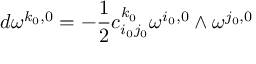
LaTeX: d \omega ^ { k _ { 0 } , 0 } = - \frac { 1 } { 2 } c _ { i _ { 0 } j _ { 0 } } ^ { k _ { 0 } } \omega ^ { i _ { 0 } , 0 } \wedge \omega ^ { j _ { 0 } , 0 }